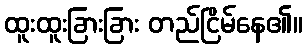
ထူးထူးခြားခြား တည်ငြိမ်နေ၏။